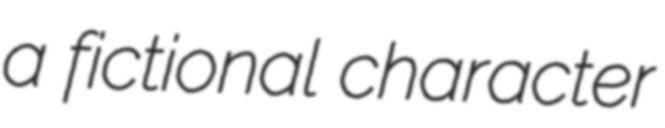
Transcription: a fictional character